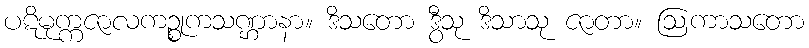
ပဋိမုက္ကဇာလကဉ္စုကသဏ္ဌာနာ။ ဒိသတော ဒွီသု ဒိသာသု ဇာတာ။ ဩကာသတော